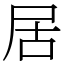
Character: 居